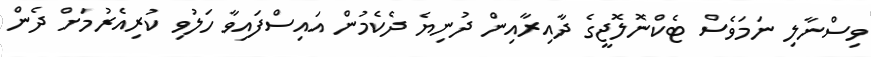
ވިސްނާލި ނަމަވެސް ޓެކްނޮލޮޖީގެ ދާއިރާއިން ދުނިޔެ ދެކެމުން އައިސްފައިވާ ހަލުވި ކުރިއެރުމަށް ދެން